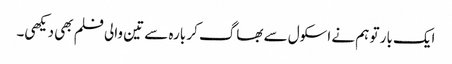
ایک بار تو ہم نے اسکول سے بھاگ کر بارہ سے تین والی فلم بھی دیکھی۔